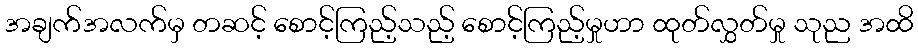
အချက်အလက်မှ တဆင့် စောင့်ကြည့်သည့် စောင့်ကြည့်မှုဟာ ထုတ်လွှတ်မှု သုည အထိ